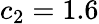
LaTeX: c_{2}=1.6